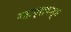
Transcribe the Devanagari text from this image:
महाप्राणत्व